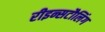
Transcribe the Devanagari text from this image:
रीइन्सटौलिंग